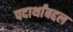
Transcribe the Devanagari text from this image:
पदार्थांबद्दल